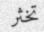
تخثر